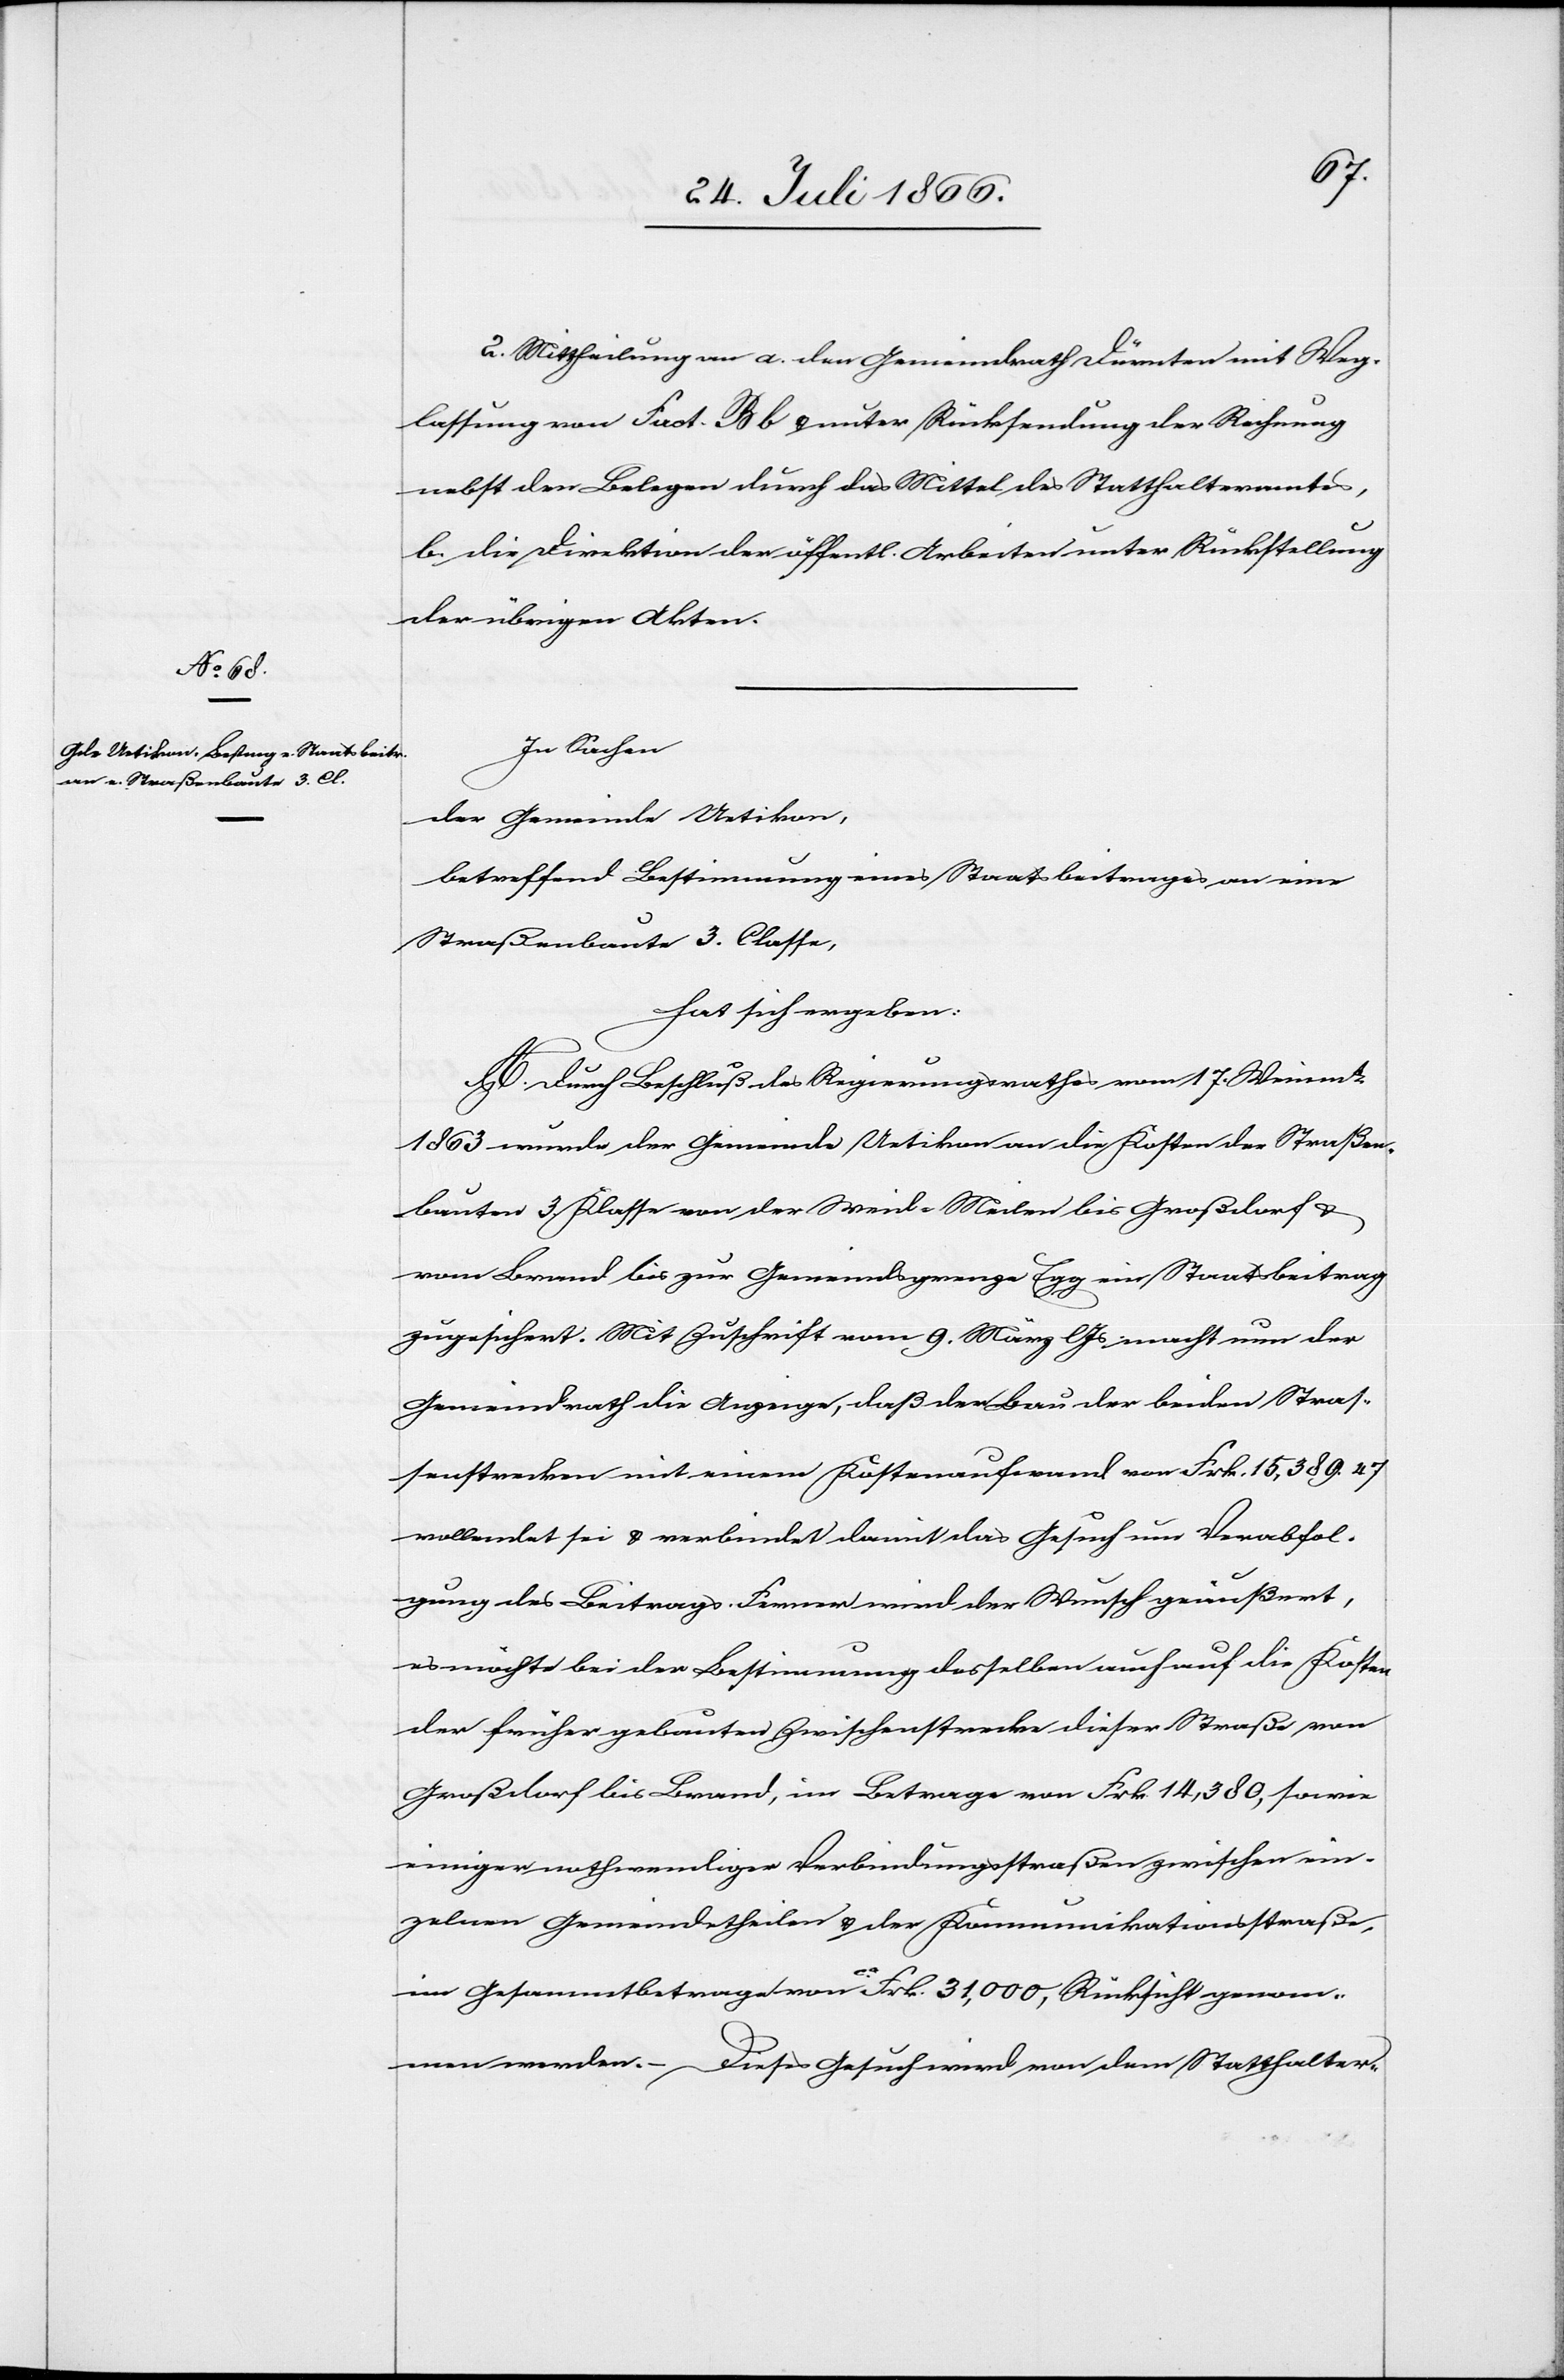
2. Mittheilung an a. den Gemeindrath Dürnten mit Weg¬
lassung von Fact. B b u. unter Rücksendung der Rechnung
nebst den Belegen durch das Mittel des Statthalteramtes,
b. die Direktion der öffentl. Arbeiten unter Rückstellung
der übrigen Akten.
In Sachen
der Gemeinde Uetikon,
betreffend Bestimmung eines Staatsbeitrages an eine
Straßenbaute 3. Classe,
hat sich ergeben:
A. Durch Beschluß des Regierungsrathes vom 17. Weinmt.
1863 wurde der Gemeinde Uetikon an die Kosten der Straßen¬
bauten 3. Klasse von der Wiese Meilen bis Großdorf u.
vom Brand bis zur Gemeindsgrenze Egg ein Staatsbeitrag
zugesichert. Mit Zuschrift vom 9. März l Js. macht nun der
Gemeindrath die Anzeige, daß der Bau der beiden Stras¬
senstrecken mit einem Kostenaufwand von Frk. 15 389.47
vollendet sei u. verbindet damit das Gesuch um Verabfol¬
gung des Beitrags. Ferner wird der Wunsch geäußert,
es möchte bei der Bestimmung desselben auch auf die Kosten
der früher gebauten Zwischenstrecke dieser Straße von
Großdorf bis Brand, im Betrage von Frk. 14 380, sowie
einiger nothwendigen Verbindungsstraßen zwischen ein¬
zelnen Gemeindetheilen u. der Kommunikationsstraße,
im Gesammtbetrage von ca. Frk. 31 000, Rücksicht genom¬
men werden. – Dieses Gesuch wird von dem Statthalter-